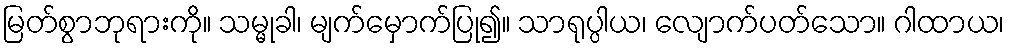
မြတ်စွာဘုရားကို။ သမ္မုခါ၊ မျက်မှောက်ပြု၍။ သာရုပ္ပါယ၊ လျောက်ပတ်သော။ ဂါထာယ၊